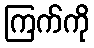
ကြက်ကို